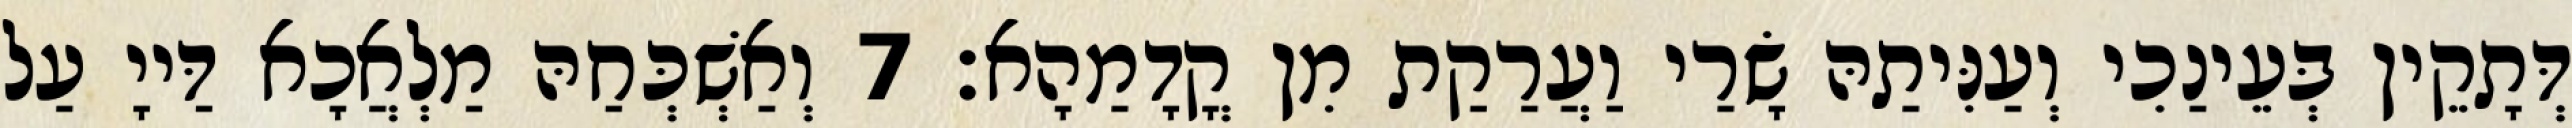
דְּתָקֵין בְּעֵינַכִי וְעַנִּיתַהּ שָׂרַי וַעֲרַקַת מִן קֳדָמַהָא׃ 7 וְאַשְׁכְּחַהּ מַלְאֲכָא דַּייָ עַל